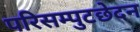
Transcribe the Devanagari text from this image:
परिसम्पुटछेदन